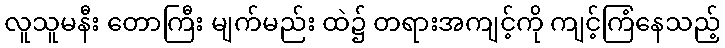
လူသူမနီး တောကြီး မျက်မည်း ထဲ၌ တရားအကျင့်ကို ကျင့်ကြံနေသည့်